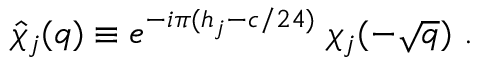
\hat { \chi } _ { j } ( q ) \equiv e ^ { - i \pi ( h _ { j } - c / 2 4 ) } \; \chi _ { j } ( - \sqrt { q } ) \ .